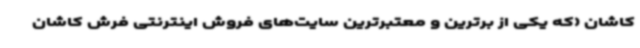
کاشان (که یکی از برترین و معتبرترین سایت‌های فروش اینترنتی فرش کاشان